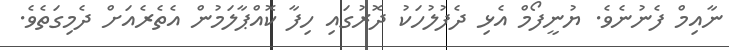
ނާއިމް ފެނުނެވެ. ޔުނީފޯމް އެޅި ދެފުލުހަކު ދޮރުގައި ހިފާ ކޮއްޕާލަމުން އެތެރެއަށް ދެމިގަތެވެ.